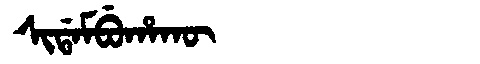
Manchu: ᠰᡳᡩᠠᠮᠪᡠᡥᠠᡴᡡ
Romanization: SIDAMBUHAKŪ